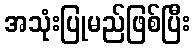
အသုံးပြုမည်ဖြစ်ပြီး